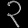
Digit: ၃